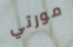
مورتي